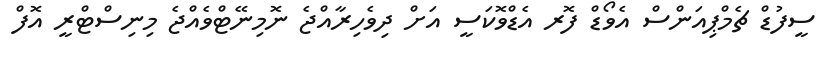
ސީފުޑް ޗެމްޕިއަންސް އެވޯޑް ފޮރ އެޑްވޮކަސީ އަށް ދިވެހިރާއްޖެ ނޮމިނޭޓްވެއްޖެ މިނިސްޓްރީ އޮފް